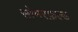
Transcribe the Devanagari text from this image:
सोमरफ़ेल्ड